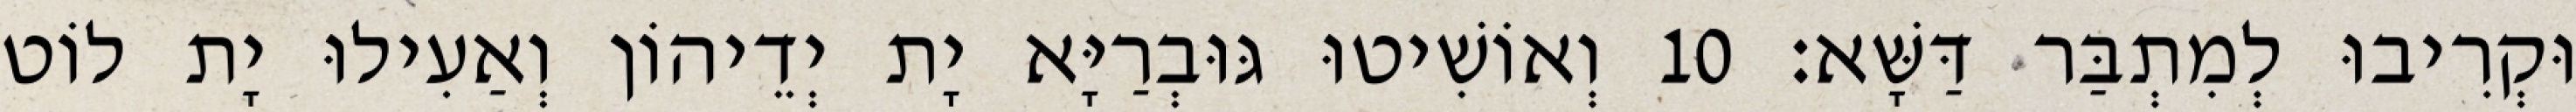
וּקְרִיבוּ לְמִתְבַּר דַּשָּׁא׃ 10 וְאוֹשִׁיטוּ גּוּבְרַיָּא יָת יְדֵיהוֹן וְאַעִילוּ יָת לוֹט